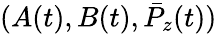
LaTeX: (A(t),B(t),\bar{P}_{z}(t))